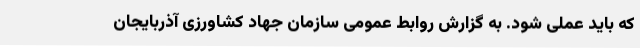
که باید عملی شود. به گزارش روابط عمومی سازمان جهاد کشاورزی آذربایجان